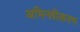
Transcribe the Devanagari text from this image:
अभिनवीकरण